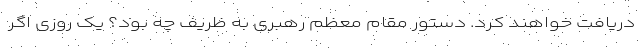
دریافت خواهند کرد. دستور مقام معظم رهبری به ظریف چه بود؟ یک روزی اگر